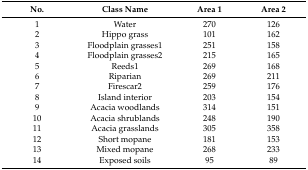
| No. | Class Name | Area 1 | Area 2 |
 | --- | --- | --- | --- |
 | 1 | Water | 270 | 126 |
 | 2 | Hippo grass | 101 | 162 |
 | 3 | Floodplain grasses1 | 251 | 158 |
 | 4 | Floodplain grasses2 | 215 | 165 |
 | 5 | Reeds1 | 269 | 168 |
 | 6 | Riparian | 269 | 211 |
 | 7 | Firescar2 | 259 | 176 |
 | 8 | Island interior | 203 | 154 |
 | 9 | Acacia woodlands | 314 | 151 |
 | 10 | Acacia shrublands | 248 | 190 |
 | 11 | Acacia grasslands | 305 | 358 |
 | 12 | Short mopane | 181 | 153 |
 | 13 | Mixed mopane | 268 | 233 |
 | 14 | Exposed soils | 95 | 89 |